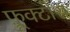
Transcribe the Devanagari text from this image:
फ़्रूक्टोस